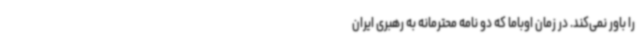
را باور نمی‌کند. در زمان اوباما که دو نامه محترمانه به رهبری ایران